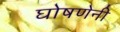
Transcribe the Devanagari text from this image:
घोषणेनी